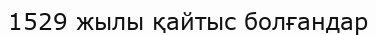
1529 жылы қайтыс болғандар